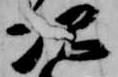
次